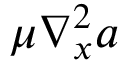
\mu \nabla _ { x } ^ { 2 } a